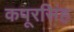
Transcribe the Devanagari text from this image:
कपूरसिंह